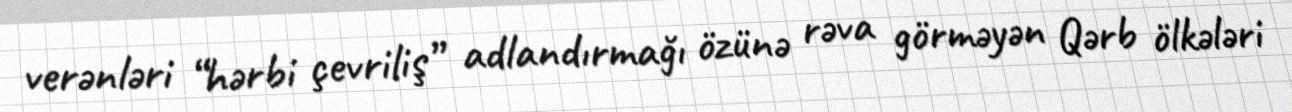
verənləri “hərbi çevriliş” adlandırmağı özünə rəva görməyən Qərb ölkələri